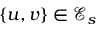
\{ u , v \} \in \mathcal { E } _ { s }